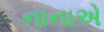
નાનાએ